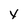
Character: y